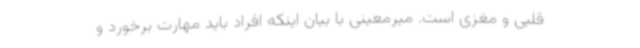
قلبی و مغزی است. میرمعینی با بیان اینکه افراد باید مهارت برخورد و